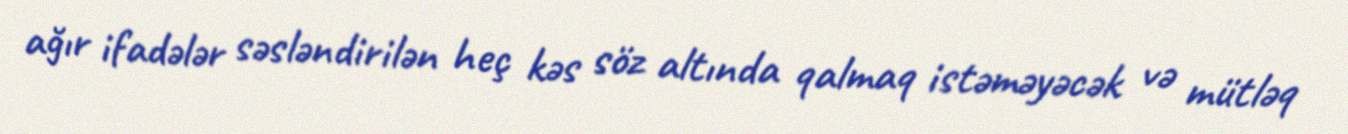
ağır ifadələr səsləndirilən heç kəs söz altında qalmaq istəməyəcək və mütləq